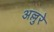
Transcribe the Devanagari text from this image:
अल्लुरे